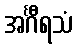
အင်္ဂီရသံ